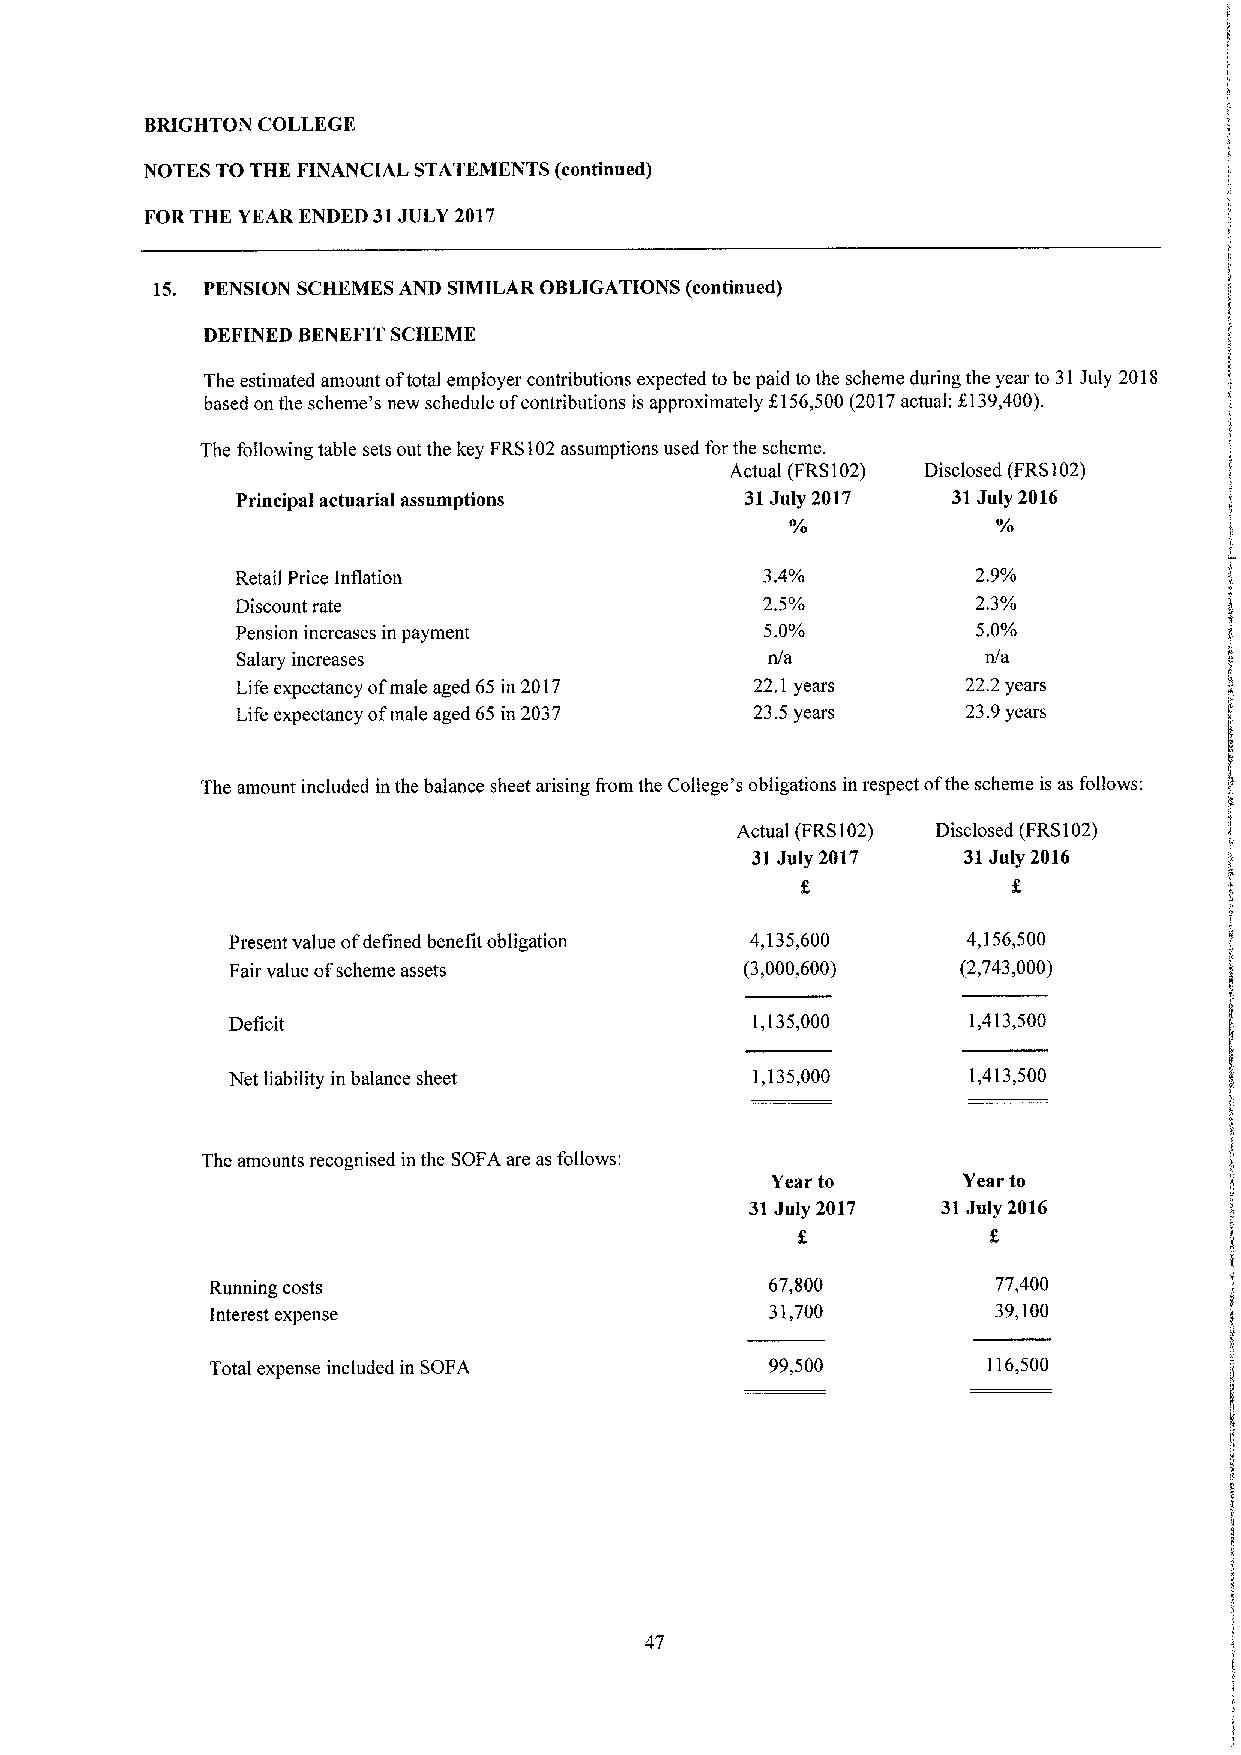
BRIGHTON COLLEGE
 NOTES TO THE FINANCIAL STATEMENTS (continued)
 FOR THE YEAR ENDED 31JULY 2017
 15. PENSION SCHEMES AND SIMILAR OBLIGATIONS (continued)
 DEFINED BENEFIT SCHEME
 The estimated amount oftotal employer contributions expected to be paid to the scheme during the year to 31July 2018
 based on the scheme's new schedule ofcontributions is approximately 5.156,500 (2017actual; f139,400).
 The following table sets out the key FRS102assumptions used for the scheme.
 Actual (FRS102) Disclosed (FRS102)
 Principal actuarial assumptions  31July 2017   31July 2016
 Retail Price Inflation            3.4%           2.9%
 Discount rate                     2.5%           2,3%
 Pension increases in payment       5.0%          5.0%
 Salary increases                   n/a           n/a
 Life expectancy ofmale aged 65 in 2017 22,1years 22.2years
 Life expectancy ofmale aged 65 in 2037 23.5years 23.9years
 The amount included in the balance sheet arising from the College's obligations in respect ofthe scheme is as follows:
 Actual (FRS102) Disclosed (FRS102)
 31July 2017   31July 2016
 Present value ofdefined benefit obligation 4,135,600 4,156,500
 Fair value ofscheme assets        (3,000,600)    (2,743,000)
 Deficit                            1,135,000     1,413,500
 Net liability in balance sheet     1,135,000     1,413,500
 The amounts recognised in the SOFA are as follows:
 Year to      Year to
 31July 2017 31July 2016
 Running costs                        67,800         77,400
 Interest expense                     31,700         39,100
 Total expense included in SOFA       99,500        116,500
 47